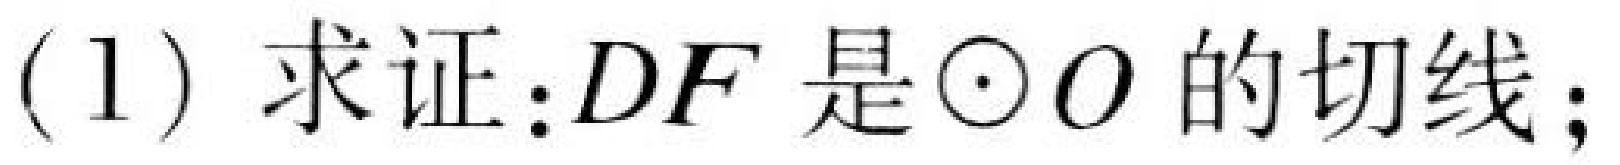
(1) 求证：$DF$是$\odot O$的切线；